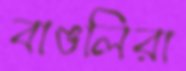
বাঙলিরা